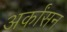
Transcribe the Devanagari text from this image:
अर्कांसन